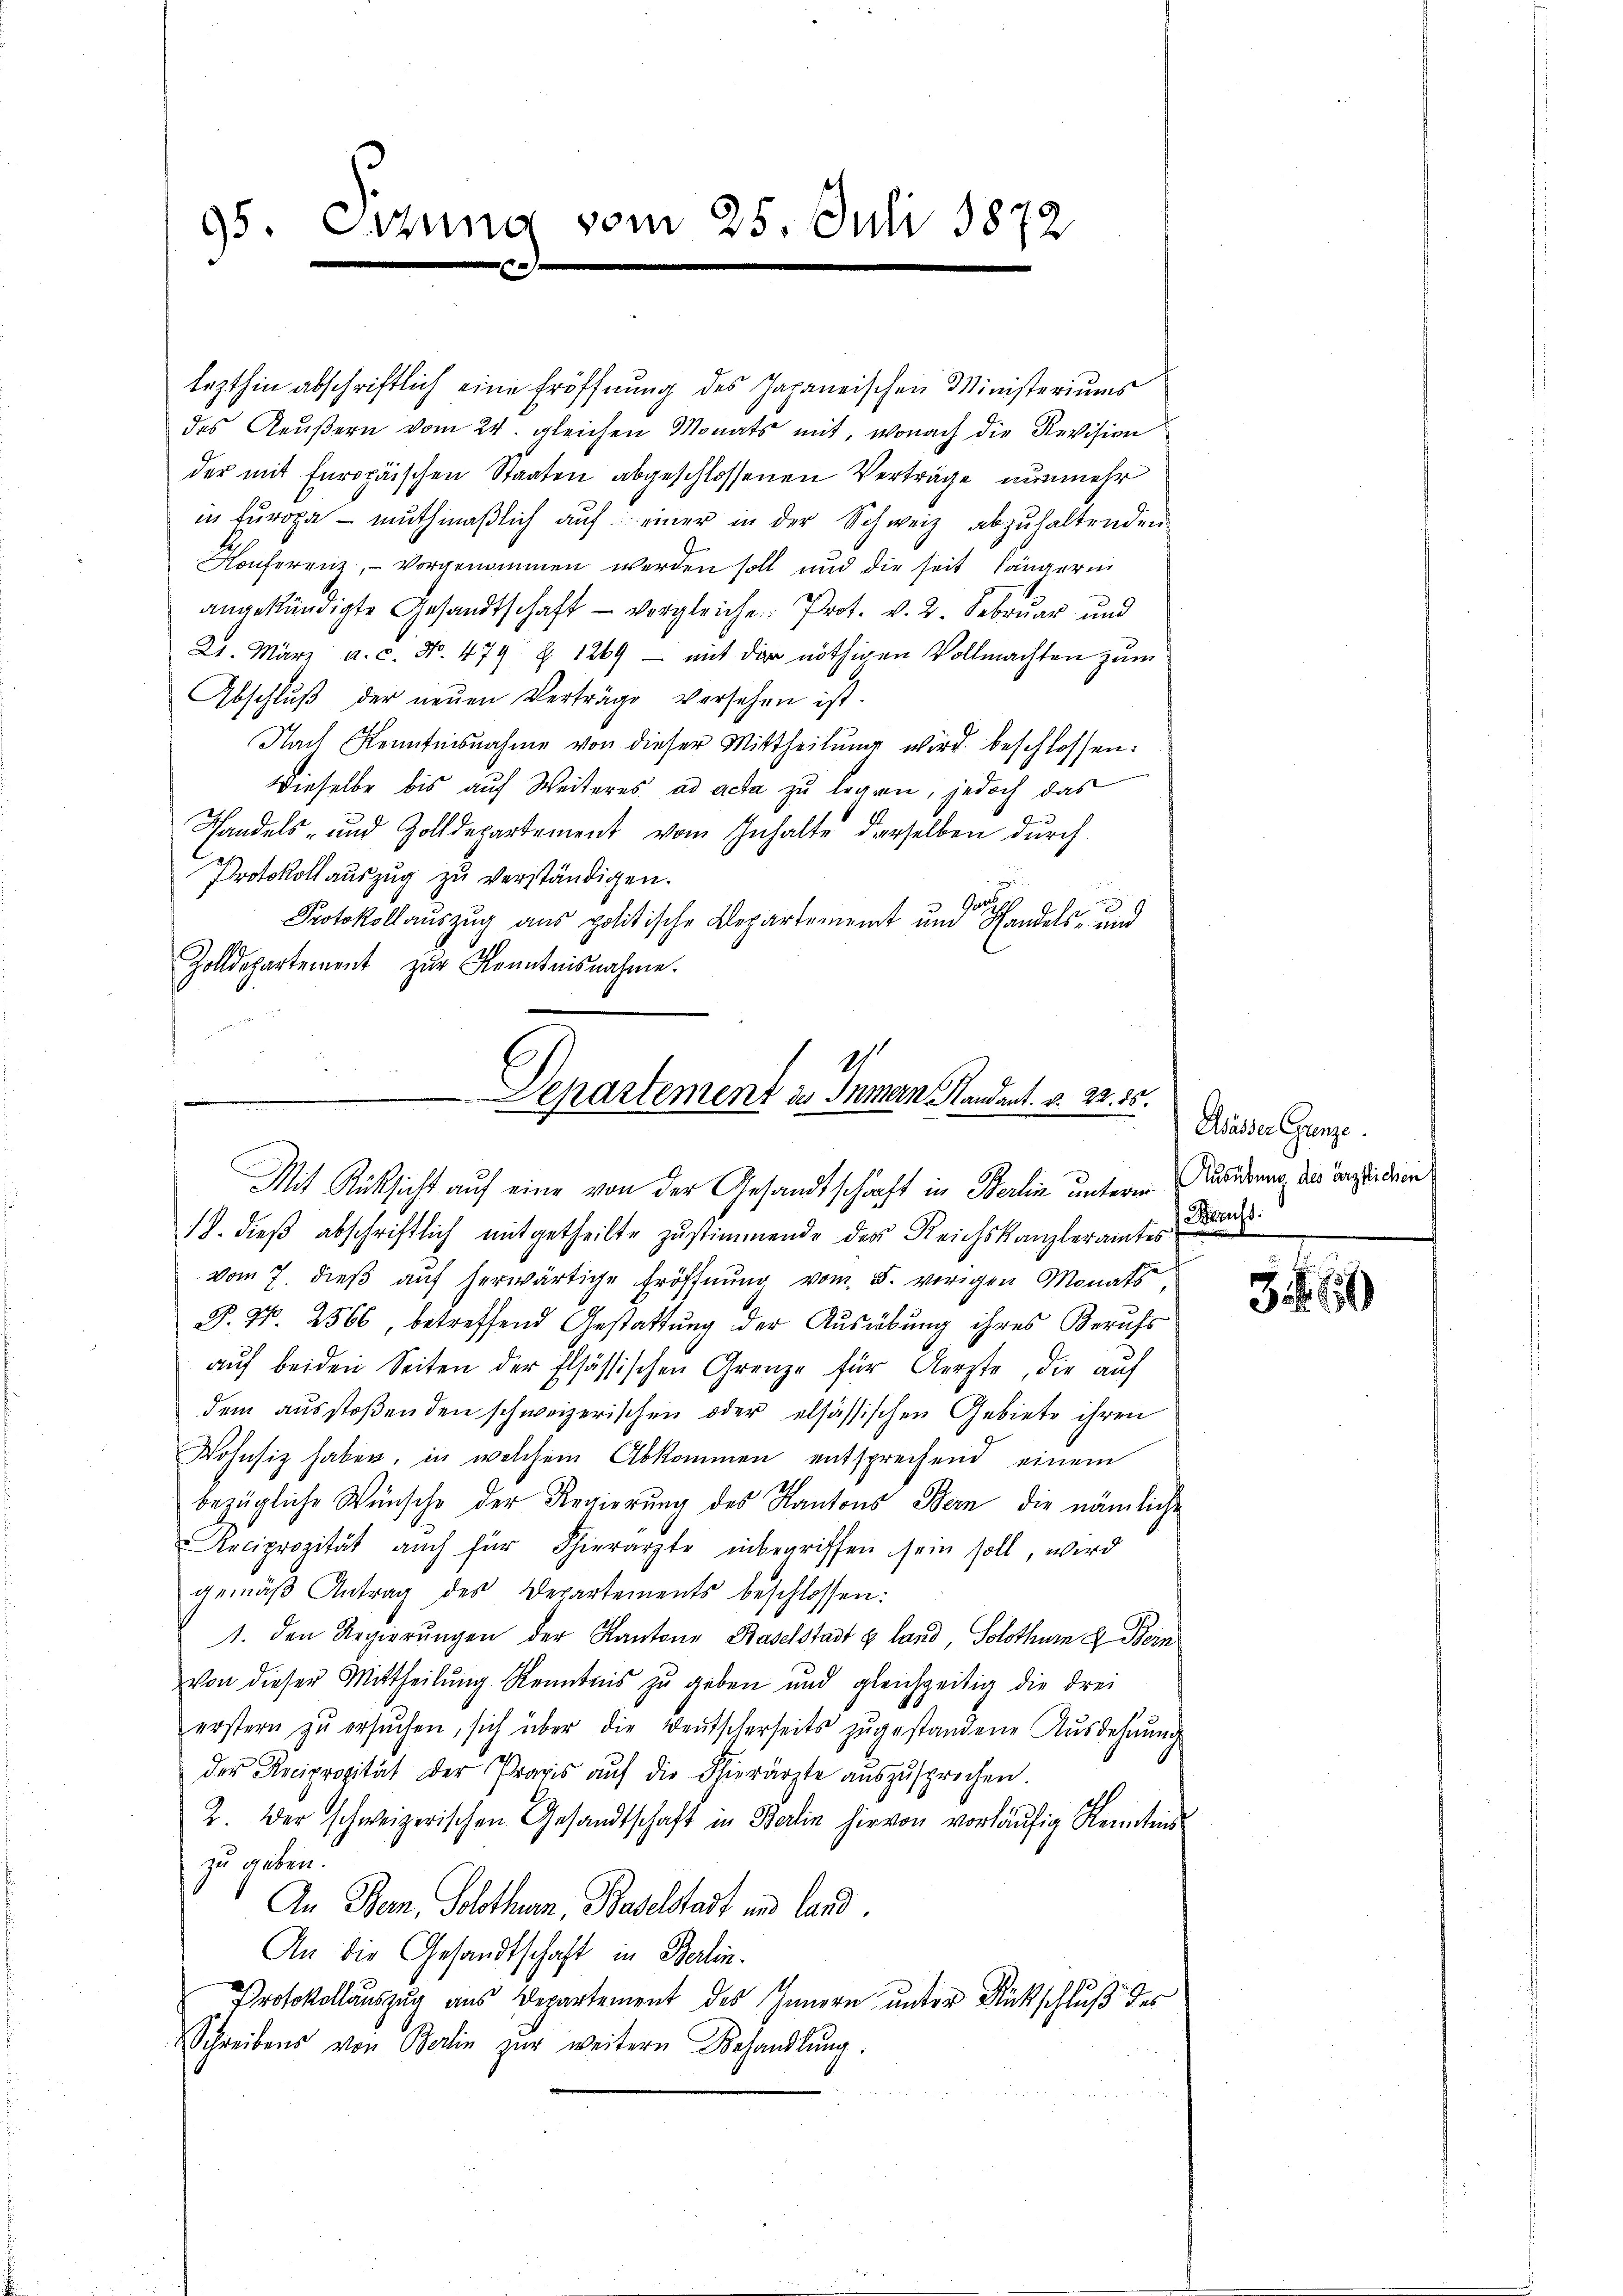
95. Errung vom 25. Juli 1872

lezthin abschriftlich eine Eröffnung des Japannischen Ministeriums
des Aeußern vom 24. gleichen Monats mit, wonach die Revision
der mit Europäischen Staaten abgeschlossenen Verträge nunmehr
in Europa - mŭthmaßlich aŭf einer in der Schweiz abzŭhaltenden
Konferenz, - vorgenommen werden soll und die seit längerin
angekündigte Gesandtschaft - vergleiche Prot. v. 2. Februar und
21. März a. c. No. 479 § 1269 — mit der nöthigen Vollmachten zum
Abschlŭβ der neŭen Verträge versehen ist.
Nach Kenntnisnahme von dieser Mittheilŭng wird beschlossen:
Dieselbe bis auf Weiteres ad acta zu legen, jedoch das
Handels- und Zolldepartement vom Inhalte derselben durch
Protokoll auszug zu verständigen.
Ge
x
Protokollauszug aus politische Departement und Handels- und
Zolldepartement zur Kenntnisnahme.

Departement des Innern, Kandant. v. 23. 15.

Mit Rücksicht auf eine von der Gesandtschaft in Berlin unterm Audierung des Tanzsidion

18. dieβ abschriftlich mitgetheilte zustimmende der Reichskanzleramtes Brand
vom 7. dieβ aŭf herwärtige Eröffnŭng vom 5. vorigen Monats,
P. Nr. 2566 betreffend Gestattung der Ausübung ihres Berufs
auf beiden Seiten der Elsässischen Grenze für Aerzte, die auf
dem ausstoβenden schweizerischen oder elsassischen Gebiete ihren
Wohnsitz haben, in welchem Abkommen entsprechend einem
bezügliche Wünsche der Regierung des Kantons Bern, die nämliche
Reciprozität auch für Thierarzte inbegriffen sein soll, wird
gemäβ Antrag des Departements beschlossen:
1. den Regierŭngen der Kantone Baselstadt g land, Solothurn u. Bein
Von dieser Mittheilung Kenntens zu geben und gleichzeitig die drei
erstern zŭ ersŭchen, sich über die Deutscherseits zugestandene Ausdehnung
der Reciprocität der Praxis aŭf die Thierärzte aŭszŭsprochen.
2. Der schweizerischen Gesandtschaft in Berlin hievon vorläŭfig Kenntnis
zu geben.
An Bern, Solothurn, Baselstadt und Land
An die Gesandtschaft in Berlin.
Protokollauszug aus Departement des Innern unter Rückschluß des
Schreibens von Berlin zŭr weitern Behandlŭng.

Wsässer Grenze.

39